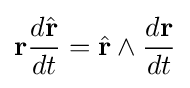
{\mathbf {r} }{\frac {d{\hat {\mathbf {r} }}}{dt}}={\hat {\mathbf {r} }}\wedge {\frac {d\mathbf {r} }{dt}}